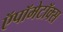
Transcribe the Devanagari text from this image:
ऍपॉमेटॉक्स